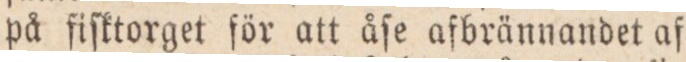
på fiſktorget för att åſe afbrännandet af